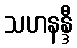
သဟနန္ဒီ